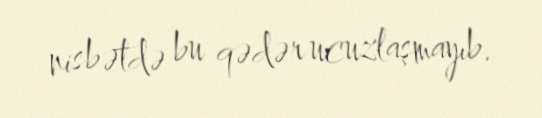
nisbətdə bu qədər ucuzlaşmayıb.